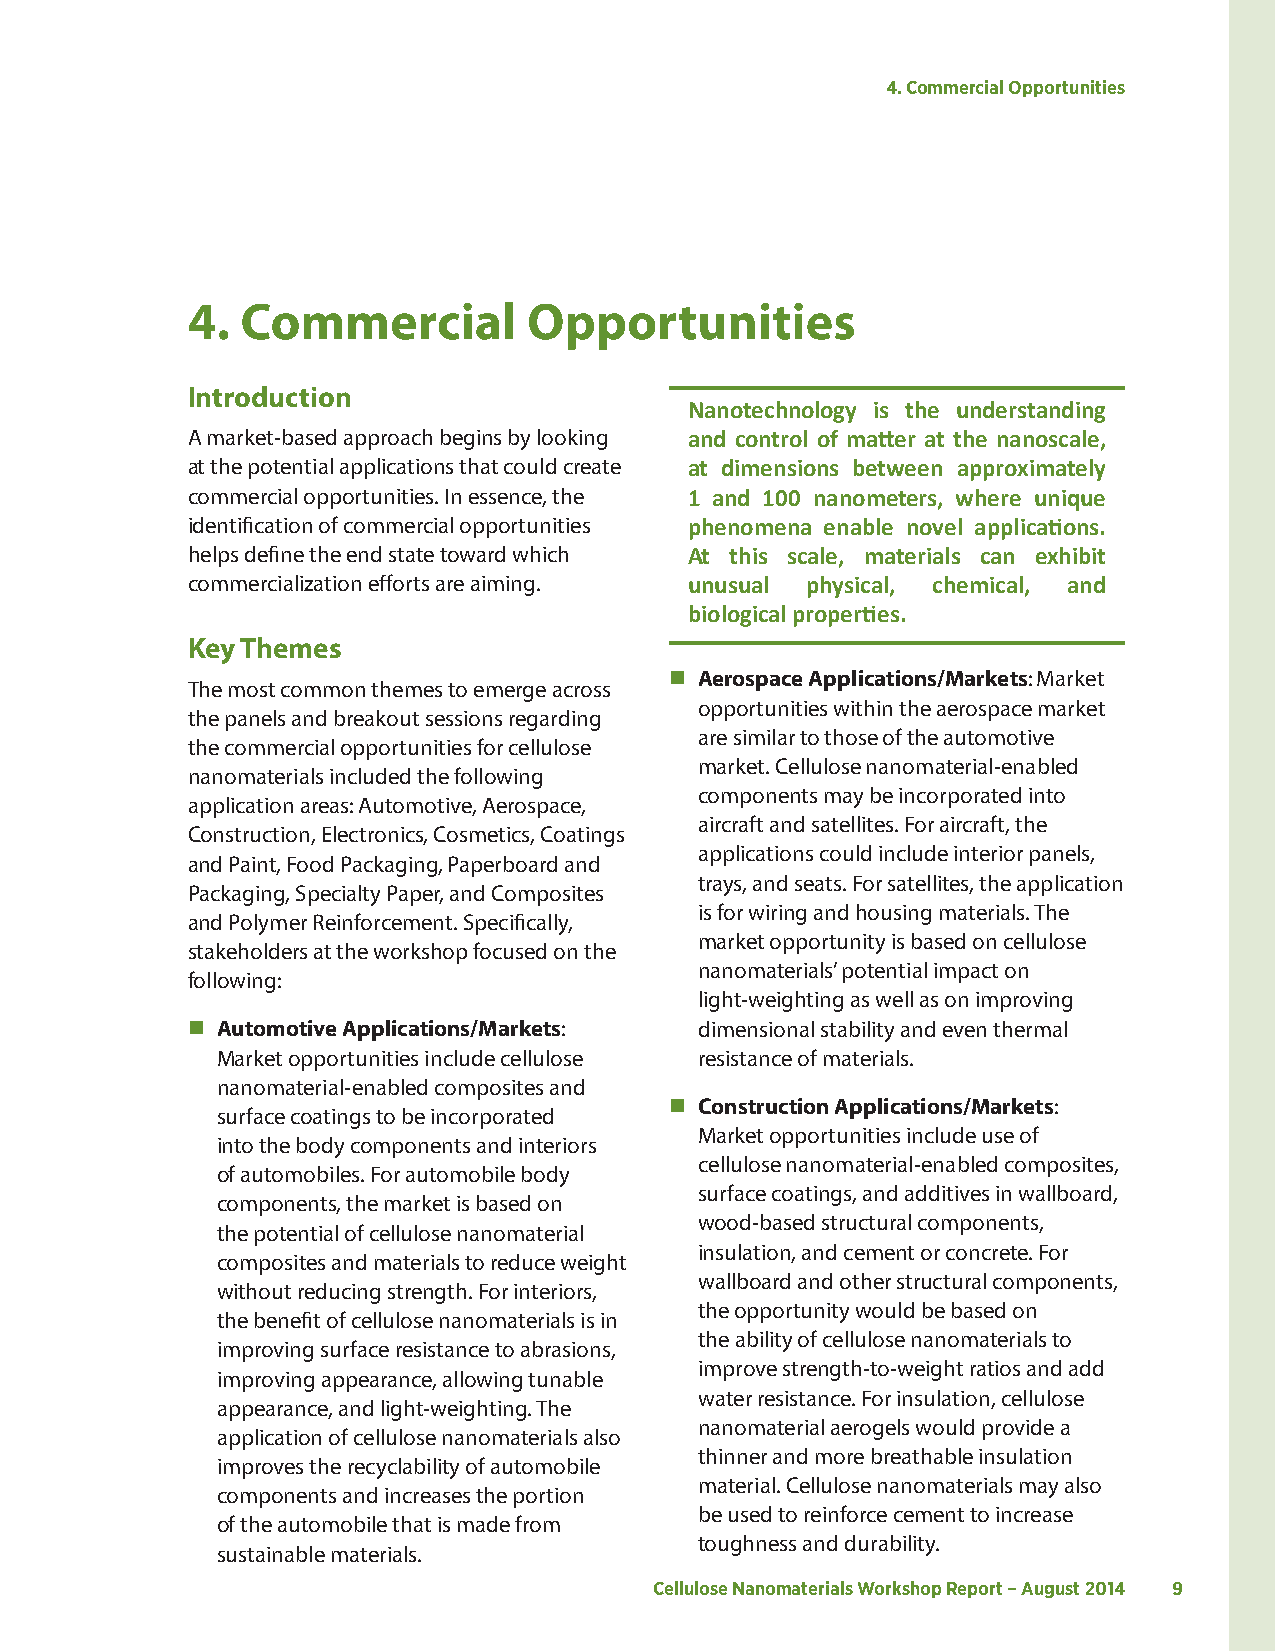
4. Commercial Opportunities
 4.  Commercial         Opportunities
 Introduction
 Nanotechnology is the understanding
 A market-based approach begins by looking and control of matter at the nanoscale,
 at the potential applications that could create at dimensions between approximately
 commercial opportunities. In essence, the 1 and 100 nanometers, where unique
 identification of commercial opportunities phenomena enable novel applications.
 helps define the end state toward which At this scale, materials can exhibit
 commercialization efforts are aiming. unusual physical, chemical, and
 biological properties.
 Key Themes
  Aerospace Applications/Markets: Market
 The most common themes to emerge across
 opportunities within the aerospace market
 the panels and breakout sessions regarding
 are similar to those of the automotive
 the commercial opportunities for cellulose
 market. Cellulose nanomaterial-enabled
 nanomaterials included the following
 components may be incorporated into
 application areas: Automotive, Aerospace,
 aircraft and satellites. For aircraft, the
 Construction, Electronics, Cosmetics, Coatings
 applications could include interior panels,
 and Paint, Food Packaging, Paperboard and
 trays, and seats. For satellites, the application
 Packaging, Specialty Paper, and Composites
 is for wiring and housing materials. The
 and Polymer Reinforcement. Specifically,
 market opportunity is based on cellulose
 stakeholders at the workshop focused on the
 nanomaterials’ potential impact on
 following:
 light-weighting as well as on improving
  Automotive Applications/Markets: dimensional stability and even thermal
 Market opportunities include cellulose resistance of materials.
 nanomaterial-enabled composites and
  Construction Applications/Markets:
 surface coatings to be incorporated
 Market opportunities include use of
 into the body components and interiors
 cellulose nanomaterial-enabled composites,
 of automobiles. For automobile body
 surface coatings, and additives in wallboard,
 components, the market is based on
 wood-based structural components,
 the potential of cellulose nanomaterial
 insulation, and cement or concrete. For
 composites and materials to reduce weight
 wallboard and other structural components,
 without reducing strength. For interiors,
 the opportunity would be based on
 the benefit of cellulose nanomaterials is in
 the ability of cellulose nanomaterials to
 improving surface resistance to abrasions,
 improve strength-to-weight ratios and add
 improving appearance, allowing tunable
 water resistance. For insulation, cellulose
 appearance, and light-weighting. The
 nanomaterial aerogels would provide a
 application of cellulose nanomaterials also
 thinner and more breathable insulation
 improves the recyclability of automobile
 material. Cellulose nanomaterials may also
 components and increases the portion
 be used to reinforce cement to increase
 of the automobile that is made from
 toughness and durability.
 sustainable materials.
 Cellulose Nanomaterials Workshop Report – August 2014 9